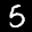
Digit: 5